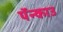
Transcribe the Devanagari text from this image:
पॅन्काउ